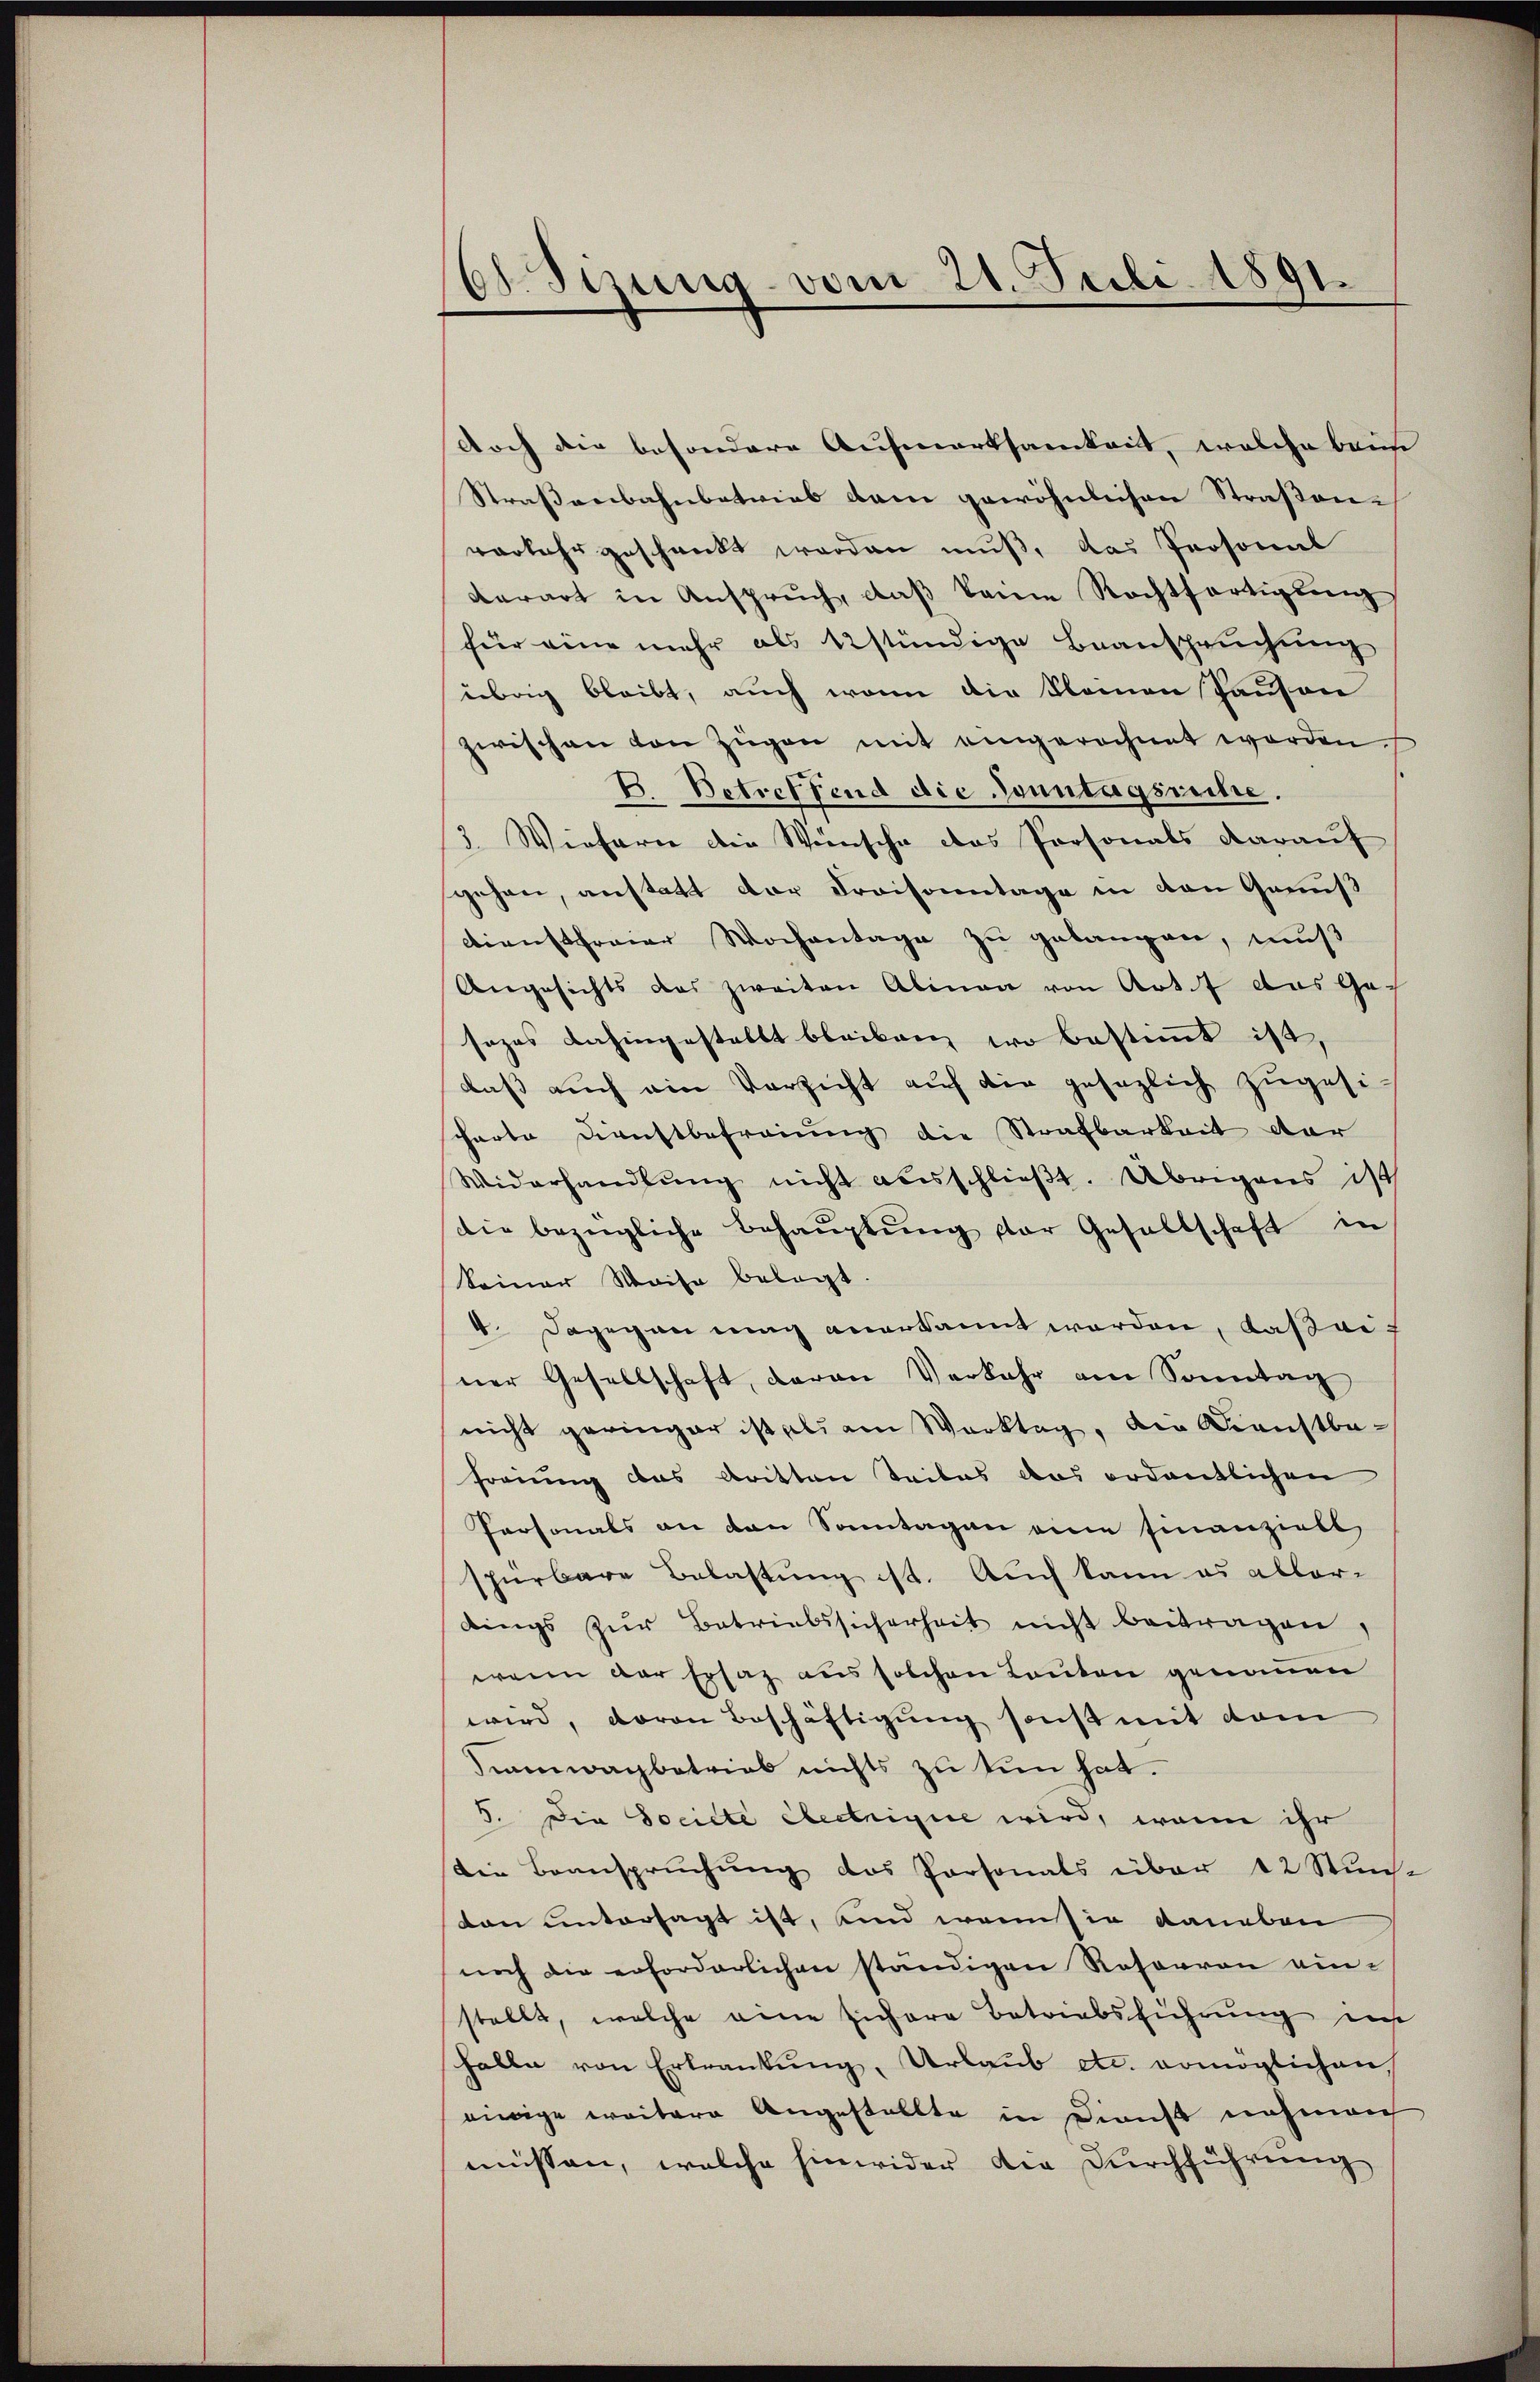
68. Sizung vom 21. Juli 1891.

doch die besondere Aufmerksamkeit, welche beine
Straßenbahnbetrieb dem gewöhnlichen Straßenvorkehr geschenkt werden muß, das Personal
derart in Anspruch, daß keine Rechtfertigung
für eine mehr als stündige Beanspruchung
übrig bleibt, auch wenn die kleinen Panson
zwischen von Zügen mit eingerechnet worden
B. Betreffend die Sonntagsreche.
3. Wiefern die Wünsche das Personals darauf
gehen, anstatt der Draisonntage in den Genuß
Dienstfreier Wochentage zu gelangen, muß
Angesichts das zweiten Alinea von Artet das Gesezes dahingestellt bleiben wo bestimmt ist,
daß auch ein Verzicht auf die gesezlich zugesi
scharte Dienstbefreiung die Strafbarkeit der
Widerhandlŭng nicht ausschlieβt. Übrigens ist
die bezügliche Behaŭptŭng der Gesellschaft in
keiner Waise belegt.
4. Dagegen mag anerkannt worden, daß einer Gesellschaft, daran Verkehr am Sonntag
nicht geringer ist als am Werktag, die Kunstba-
freiung das dritten Teiles das ordentlichen
Personals an den Sonntagen eine finanziell
spürbare Belastung ist. Auch kann es aller-
dings zŭr Betriebssicherheit nicht beitragen,
wenn der Ersaz aus solchen Lauten genommen
wird, davon Beschäftigung sonst mit dam
Siamwagbetrieb nichts zu tun hat.
5. Die Societe Electrigie wird, wenn ihr
Die Beanspruchung des Personals über 12 Stun-
ton untersagt ist, und wenn sie daneben
noch die erforderlichen ständigen Resoaron einstellt, welche eine sichere Betriebsführung ein
halle von Erkrankung, Urlaub etc. womöglichen
einige weitere Angestellte in Dienst nahmen
müssen, welche hinwider die Durchführung